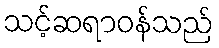
သင့်ဆရာဝန်သည်